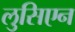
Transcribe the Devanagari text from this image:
लुसिएन